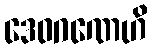
ဒေဝဂဏေဟိ